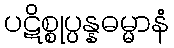
ပဋိစ္စုပ္ပန္နဓမ္မာနံ